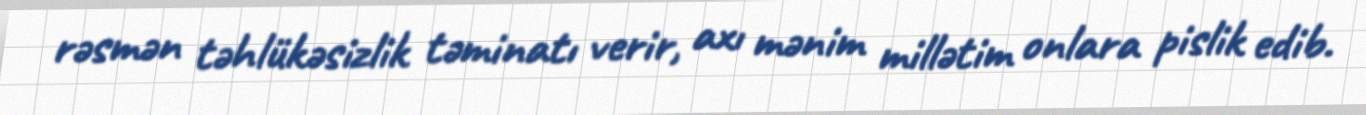
rəsmən təhlükəsizlik təminatı verir, axı mənim millətim onlara pislik edib.